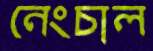
নেংচাল